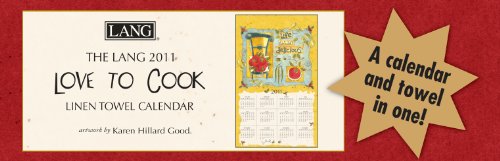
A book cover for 2011 Love To Cook - Towel Calendar; Perfect Timing - Lang; Calendars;